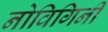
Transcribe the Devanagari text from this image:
नोविगिनी